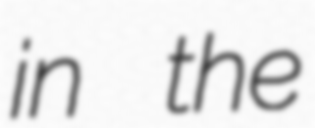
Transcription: in the